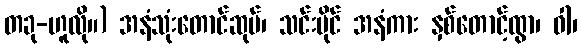
တခု-ဟူလို။) အနံသုံးတောင်ဆုပ်၊ သင်းပိုင် အနံကား နှစ်တောင့်ထွာ၊ ဝါ၊